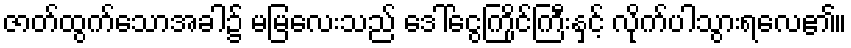
ဇာတ်ထွက်သောအခါ၌ မမြလေးသည် ဒေါ်ငွေကြိုင်ကြီးနှင့် လိုက်ပါသွားရလေ၏။